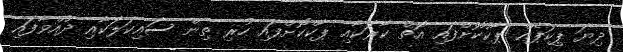
ދިޔަ ޕިކަޕެއް ޕާކުކޮށްފައި އޮތް ކާރަކާއި ޕާކްކޮށްފައި ހުރި ތިން ސައިކަލަކާއި ދުއްވާފައި